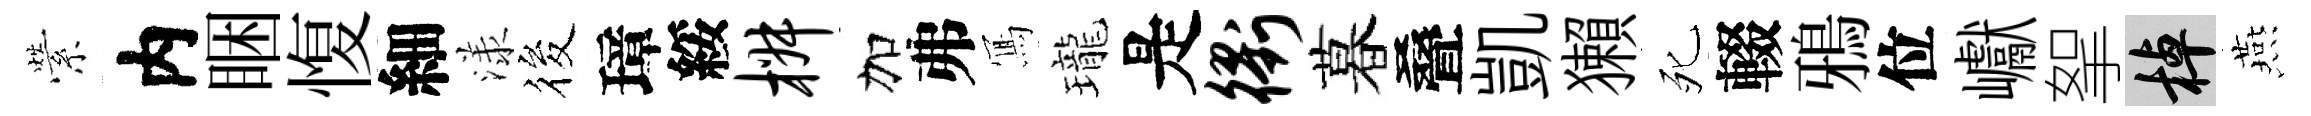
縈内睏愎細漾筱璋綏椒加弗𭂁瓏是衢暮叠凱獺死輟鴉位巘挐棹燕